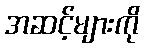
အဆင့်များကို